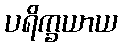
ပရိက္ခယာယ